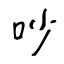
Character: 吵